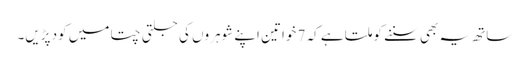
ساتھ یہ بھی سننے کو ملتا ہے کہ 7 خواتین اپنے شوہروں کی جلتی چتا میں کود پڑیں۔